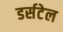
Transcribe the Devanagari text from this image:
डर्सटेल